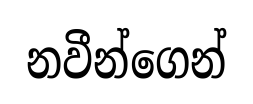
නවීන්ගෙන්